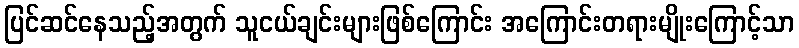
ပြင်ဆင်နေသည့်အတွက် သူငယ်ချင်းများဖြစ်ကြောင်း အကြောင်းတရားမျိုးကြောင့်သာ